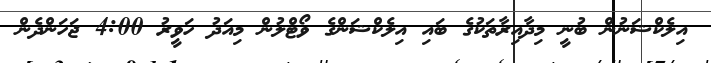
އިލެކްޝަނުން ބުނީ މިދާއިރާތަކުގެ ބައި އިލެކްޝަންގެ ވޯޓްލުން މިއަދު ހަވީރު 4:00 ޖަހަންދެން